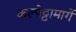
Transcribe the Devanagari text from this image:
कल्पेट्टामार्गे